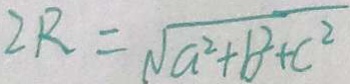
2 R = \sqrt { a ^ { 2 } + b ^ { 2 } + c ^ { 2 } }